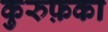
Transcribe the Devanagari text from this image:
कुरुफ़का